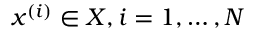
\boldsymbol { x } ^ { ( i ) } \in \boldsymbol { X } , i = 1 , \dots , N